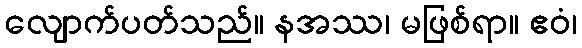
လျောက်ပတ်သည်။ နအဿ၊ မဖြစ်ရာ။ ဧဝံ၊